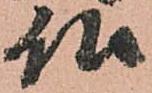
仏